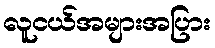
လူငယ်အများအပြား